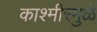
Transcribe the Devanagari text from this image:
काश्मीरमुळे